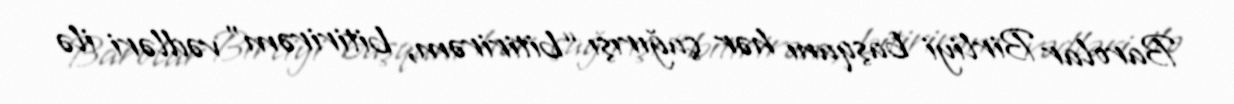
Barolar Birliyi başqanı hər çağırışı “bitirirəm, bitirirəm” vədləri ilə